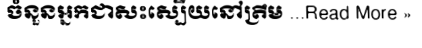
ចំនួនអ្នកជាសះស្បើយនៅត្រឹម ...Read More »